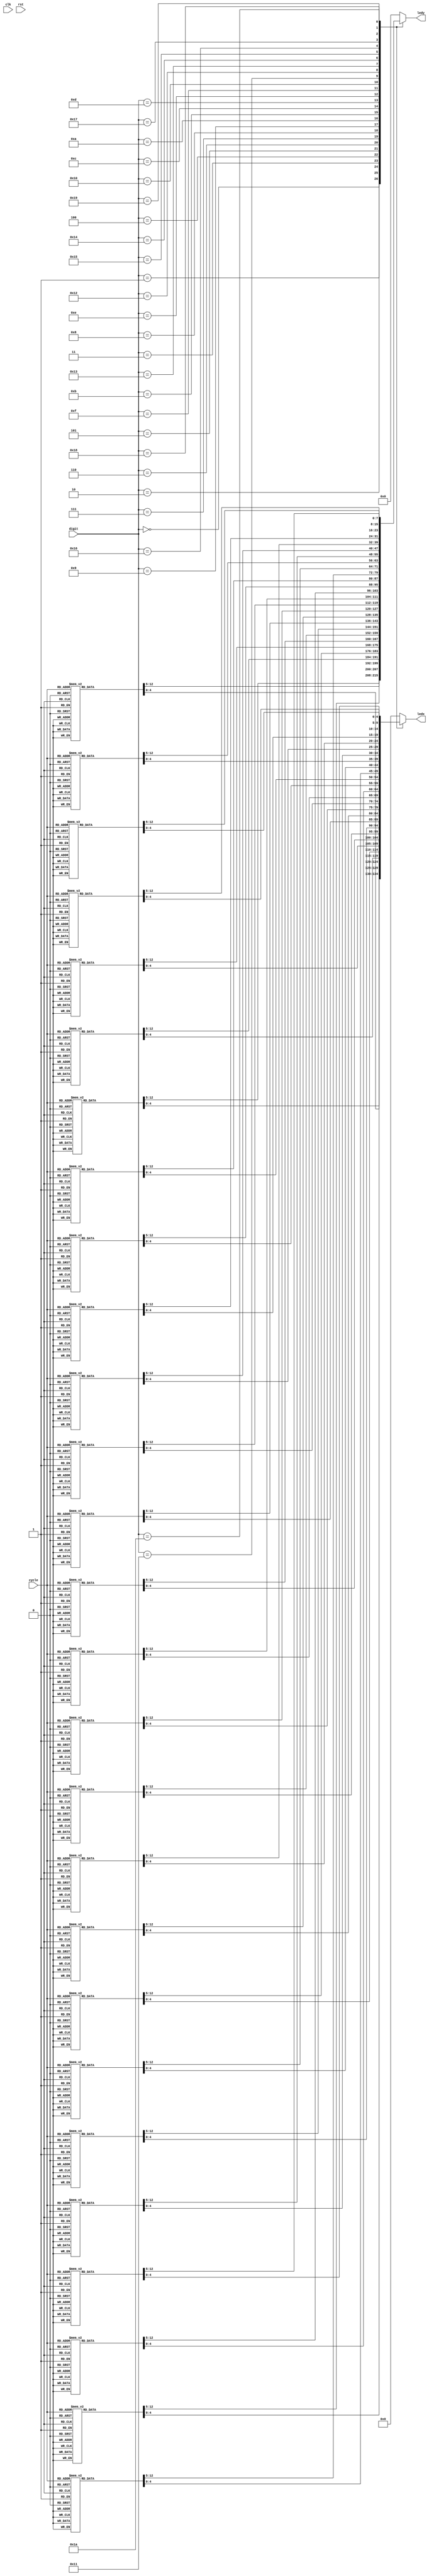
/*
   This file was generated automatically by the Mojo IDE version B1.3.6.
   Do not edit this file directly. Instead edit the original Lucid source.
   This is a temporary file and any changes made to it will be destroyed.
*/

module ledMatrix_17 (
    input clk,
    input rst,
    input [4:0] digit,
    output reg [4:0] ledx,
    output reg [7:0] ledy,
    input [2:0] cycle
  );
  
  
  
  
  always @* begin
    ledx = 5'h00;
    ledy = 8'h00;
    
    case (digit)
      5'h00: begin
        
        case (cycle)
          3'h0: begin
            ledx = 5'h00;
            ledy = 8'h80;
          end
          3'h1: begin
            ledx = 5'h06;
            ledy = 8'h40;
          end
          3'h2: begin
            ledx = 5'h09;
            ledy = 8'h20;
          end
          3'h3: begin
            ledx = 5'h09;
            ledy = 8'h10;
          end
          3'h4: begin
            ledx = 5'h09;
            ledy = 8'h08;
          end
          3'h5: begin
            ledx = 5'h09;
            ledy = 8'h04;
          end
          3'h6: begin
            ledx = 5'h06;
            ledy = 8'h02;
          end
          3'h7: begin
            ledx = 5'h00;
            ledy = 8'h01;
          end
        endcase
      end
      5'h01: begin
        
        case (cycle)
          3'h0: begin
            ledx = 5'h00;
            ledy = 8'h80;
          end
          3'h1: begin
            ledx = 5'h02;
            ledy = 8'h40;
          end
          3'h2: begin
            ledx = 5'h06;
            ledy = 8'h20;
          end
          3'h3: begin
            ledx = 5'h02;
            ledy = 8'h10;
          end
          3'h4: begin
            ledx = 5'h02;
            ledy = 8'h08;
          end
          3'h5: begin
            ledx = 5'h02;
            ledy = 8'h04;
          end
          3'h6: begin
            ledx = 5'h07;
            ledy = 8'h02;
          end
          3'h7: begin
            ledx = 5'h00;
            ledy = 8'h01;
          end
        endcase
      end
      5'h02: begin
        
        case (cycle)
          3'h0: begin
            ledx = 5'h00;
            ledy = 8'h80;
          end
          3'h1: begin
            ledx = 5'h07;
            ledy = 8'h40;
          end
          3'h2: begin
            ledx = 5'h09;
            ledy = 8'h20;
          end
          3'h3: begin
            ledx = 5'h01;
            ledy = 8'h10;
          end
          3'h4: begin
            ledx = 5'h0f;
            ledy = 8'h08;
          end
          3'h5: begin
            ledx = 5'h08;
            ledy = 8'h04;
          end
          3'h6: begin
            ledx = 5'h0f;
            ledy = 8'h02;
          end
          3'h7: begin
            ledx = 5'h00;
            ledy = 8'h01;
          end
        endcase
      end
      5'h03: begin
        
        case (cycle)
          3'h0: begin
            ledx = 5'h00;
            ledy = 8'h80;
          end
          3'h1: begin
            ledx = 5'h0f;
            ledy = 8'h40;
          end
          3'h2: begin
            ledx = 5'h01;
            ledy = 8'h20;
          end
          3'h3: begin
            ledx = 5'h0f;
            ledy = 8'h10;
          end
          3'h4: begin
            ledx = 5'h01;
            ledy = 8'h08;
          end
          3'h5: begin
            ledx = 5'h01;
            ledy = 8'h04;
          end
          3'h6: begin
            ledx = 5'h0f;
            ledy = 8'h02;
          end
          3'h7: begin
            ledx = 5'h00;
            ledy = 8'h01;
          end
        endcase
      end
      5'h04: begin
        
        case (cycle)
          3'h0: begin
            ledx = 5'h00;
            ledy = 8'h80;
          end
          3'h1: begin
            ledx = 5'h09;
            ledy = 8'h40;
          end
          3'h2: begin
            ledx = 5'h09;
            ledy = 8'h20;
          end
          3'h3: begin
            ledx = 5'h0f;
            ledy = 8'h10;
          end
          3'h4: begin
            ledx = 5'h01;
            ledy = 8'h08;
          end
          3'h5: begin
            ledx = 5'h01;
            ledy = 8'h04;
          end
          3'h6: begin
            ledx = 5'h01;
            ledy = 8'h02;
          end
          3'h7: begin
            ledx = 5'h00;
            ledy = 8'h01;
          end
        endcase
      end
      5'h05: begin
        
        case (cycle)
          3'h0: begin
            ledx = 5'h00;
            ledy = 8'h80;
          end
          3'h1: begin
            ledx = 5'h0f;
            ledy = 8'h40;
          end
          3'h2: begin
            ledx = 5'h08;
            ledy = 8'h20;
          end
          3'h3: begin
            ledx = 5'h0f;
            ledy = 8'h10;
          end
          3'h4: begin
            ledx = 5'h01;
            ledy = 8'h08;
          end
          3'h5: begin
            ledx = 5'h01;
            ledy = 8'h04;
          end
          3'h6: begin
            ledx = 5'h0f;
            ledy = 8'h02;
          end
          3'h7: begin
            ledx = 5'h00;
            ledy = 8'h01;
          end
        endcase
      end
      5'h06: begin
        
        case (cycle)
          3'h0: begin
            ledx = 5'h00;
            ledy = 8'h80;
          end
          3'h1: begin
            ledx = 5'h0f;
            ledy = 8'h40;
          end
          3'h2: begin
            ledx = 5'h08;
            ledy = 8'h20;
          end
          3'h3: begin
            ledx = 5'h0f;
            ledy = 8'h10;
          end
          3'h4: begin
            ledx = 5'h09;
            ledy = 8'h08;
          end
          3'h5: begin
            ledx = 5'h09;
            ledy = 8'h04;
          end
          3'h6: begin
            ledx = 5'h0f;
            ledy = 8'h02;
          end
          3'h7: begin
            ledx = 5'h00;
            ledy = 8'h01;
          end
        endcase
      end
      5'h07: begin
        
        case (cycle)
          3'h0: begin
            ledx = 5'h00;
            ledy = 8'h80;
          end
          3'h1: begin
            ledx = 5'h0f;
            ledy = 8'h40;
          end
          3'h2: begin
            ledx = 5'h01;
            ledy = 8'h20;
          end
          3'h3: begin
            ledx = 5'h02;
            ledy = 8'h10;
          end
          3'h4: begin
            ledx = 5'h04;
            ledy = 8'h08;
          end
          3'h5: begin
            ledx = 5'h04;
            ledy = 8'h04;
          end
          3'h6: begin
            ledx = 5'h04;
            ledy = 8'h02;
          end
          3'h7: begin
            ledx = 5'h00;
            ledy = 8'h01;
          end
        endcase
      end
      5'h08: begin
        
        case (cycle)
          3'h0: begin
            ledx = 5'h00;
            ledy = 8'h80;
          end
          3'h1: begin
            ledx = 5'h0f;
            ledy = 8'h40;
          end
          3'h2: begin
            ledx = 5'h09;
            ledy = 8'h20;
          end
          3'h3: begin
            ledx = 5'h0f;
            ledy = 8'h10;
          end
          3'h4: begin
            ledx = 5'h09;
            ledy = 8'h08;
          end
          3'h5: begin
            ledx = 5'h09;
            ledy = 8'h04;
          end
          3'h6: begin
            ledx = 5'h0f;
            ledy = 8'h02;
          end
          3'h7: begin
            ledx = 5'h00;
            ledy = 8'h01;
          end
        endcase
      end
      5'h09: begin
        
        case (cycle)
          3'h0: begin
            ledx = 5'h00;
            ledy = 8'h80;
          end
          3'h1: begin
            ledx = 5'h0f;
            ledy = 8'h40;
          end
          3'h2: begin
            ledx = 5'h09;
            ledy = 8'h20;
          end
          3'h3: begin
            ledx = 5'h0f;
            ledy = 8'h10;
          end
          3'h4: begin
            ledx = 5'h01;
            ledy = 8'h08;
          end
          3'h5: begin
            ledx = 5'h01;
            ledy = 8'h04;
          end
          3'h6: begin
            ledx = 5'h01;
            ledy = 8'h02;
          end
          3'h7: begin
            ledx = 5'h00;
            ledy = 8'h01;
          end
        endcase
      end
      5'h0a: begin
        
        case (cycle)
          3'h0: begin
            ledx = 5'h00;
            ledy = 8'h80;
          end
          3'h1: begin
            ledx = 5'h00;
            ledy = 8'h40;
          end
          3'h2: begin
            ledx = 5'h04;
            ledy = 8'h20;
          end
          3'h3: begin
            ledx = 5'h0e;
            ledy = 8'h10;
          end
          3'h4: begin
            ledx = 5'h04;
            ledy = 8'h08;
          end
          3'h5: begin
            ledx = 5'h00;
            ledy = 8'h04;
          end
          3'h6: begin
            ledx = 5'h00;
            ledy = 8'h02;
          end
          3'h7: begin
            ledx = 5'h00;
            ledy = 8'h01;
          end
        endcase
      end
      5'h0b: begin
        
        case (cycle)
          3'h0: begin
            ledx = 5'h00;
            ledy = 8'h80;
          end
          3'h1: begin
            ledx = 5'h00;
            ledy = 8'h40;
          end
          3'h2: begin
            ledx = 5'h00;
            ledy = 8'h20;
          end
          3'h3: begin
            ledx = 5'h0f;
            ledy = 8'h10;
          end
          3'h4: begin
            ledx = 5'h00;
            ledy = 8'h08;
          end
          3'h5: begin
            ledx = 5'h00;
            ledy = 8'h04;
          end
          3'h6: begin
            ledx = 5'h00;
            ledy = 8'h02;
          end
          3'h7: begin
            ledx = 5'h00;
            ledy = 8'h01;
          end
        endcase
      end
      5'h0c: begin
        
        case (cycle)
          3'h0: begin
            ledx = 5'h00;
            ledy = 8'h80;
          end
          3'h1: begin
            ledx = 5'h00;
            ledy = 8'h40;
          end
          3'h2: begin
            ledx = 5'h0a;
            ledy = 8'h20;
          end
          3'h3: begin
            ledx = 5'h04;
            ledy = 8'h10;
          end
          3'h4: begin
            ledx = 5'h0a;
            ledy = 8'h08;
          end
          3'h5: begin
            ledx = 5'h00;
            ledy = 8'h04;
          end
          3'h6: begin
            ledx = 5'h00;
            ledy = 8'h02;
          end
          3'h7: begin
            ledx = 5'h00;
            ledy = 8'h01;
          end
        endcase
      end
      5'h0d: begin
        
        case (cycle)
          3'h0: begin
            ledx = 5'h00;
            ledy = 8'h80;
          end
          3'h1: begin
            ledx = 5'h04;
            ledy = 8'h40;
          end
          3'h2: begin
            ledx = 5'h00;
            ledy = 8'h20;
          end
          3'h3: begin
            ledx = 5'h0e;
            ledy = 8'h10;
          end
          3'h4: begin
            ledx = 5'h00;
            ledy = 8'h08;
          end
          3'h5: begin
            ledx = 5'h04;
            ledy = 8'h04;
          end
          3'h6: begin
            ledx = 5'h00;
            ledy = 8'h02;
          end
          3'h7: begin
            ledx = 5'h00;
            ledy = 8'h01;
          end
        endcase
      end
      5'h0e: begin
        
        case (cycle)
          3'h0: begin
            ledx = 5'h00;
            ledy = 8'h80;
          end
          3'h1: begin
            ledx = 5'h00;
            ledy = 8'h40;
          end
          3'h2: begin
            ledx = 5'h0e;
            ledy = 8'h20;
          end
          3'h3: begin
            ledx = 5'h00;
            ledy = 8'h10;
          end
          3'h4: begin
            ledx = 5'h0e;
            ledy = 8'h08;
          end
          3'h5: begin
            ledx = 5'h00;
            ledy = 8'h04;
          end
          3'h6: begin
            ledx = 5'h00;
            ledy = 8'h02;
          end
          3'h7: begin
            ledx = 5'h00;
            ledy = 8'h01;
          end
        endcase
      end
      5'h0f: begin
        
        case (cycle)
          3'h0: begin
            ledx = 5'h00;
            ledy = 8'h80;
          end
          3'h1: begin
            ledx = 5'h03;
            ledy = 8'h40;
          end
          3'h2: begin
            ledx = 5'h02;
            ledy = 8'h20;
          end
          3'h3: begin
            ledx = 5'h02;
            ledy = 8'h10;
          end
          3'h4: begin
            ledx = 5'h02;
            ledy = 8'h08;
          end
          3'h5: begin
            ledx = 5'h02;
            ledy = 8'h04;
          end
          3'h6: begin
            ledx = 5'h03;
            ledy = 8'h02;
          end
          3'h7: begin
            ledx = 5'h00;
            ledy = 8'h01;
          end
        endcase
      end
      5'h10: begin
        
        case (cycle)
          3'h0: begin
            ledx = 5'h00;
            ledy = 8'h80;
          end
          3'h1: begin
            ledx = 5'h11;
            ledy = 8'h40;
          end
          3'h2: begin
            ledx = 5'h09;
            ledy = 8'h20;
          end
          3'h3: begin
            ledx = 5'h09;
            ledy = 8'h10;
          end
          3'h4: begin
            ledx = 5'h09;
            ledy = 8'h08;
          end
          3'h5: begin
            ledx = 5'h09;
            ledy = 8'h04;
          end
          3'h6: begin
            ledx = 5'h11;
            ledy = 8'h02;
          end
          3'h7: begin
            ledx = 5'h00;
            ledy = 8'h01;
          end
        endcase
      end
      5'h11: begin
        
        case (cycle)
          3'h0: begin
            ledx = 5'h00;
            ledy = 8'h80;
          end
          3'h1: begin
            ledx = 5'h03;
            ledy = 8'h40;
          end
          3'h2: begin
            ledx = 5'h02;
            ledy = 8'h20;
          end
          3'h3: begin
            ledx = 5'h03;
            ledy = 8'h10;
          end
          3'h4: begin
            ledx = 5'h02;
            ledy = 8'h08;
          end
          3'h5: begin
            ledx = 5'h02;
            ledy = 8'h04;
          end
          3'h6: begin
            ledx = 5'h02;
            ledy = 8'h02;
          end
          3'h7: begin
            ledx = 5'h00;
            ledy = 8'h01;
          end
        endcase
      end
      5'h12: begin
        
        case (cycle)
          3'h0: begin
            ledx = 5'h00;
            ledy = 8'h80;
          end
          3'h1: begin
            ledx = 5'h19;
            ledy = 8'h40;
          end
          3'h2: begin
            ledx = 5'h01;
            ledy = 8'h20;
          end
          3'h3: begin
            ledx = 5'h19;
            ledy = 8'h10;
          end
          3'h4: begin
            ledx = 5'h01;
            ledy = 8'h08;
          end
          3'h5: begin
            ledx = 5'h01;
            ledy = 8'h04;
          end
          3'h6: begin
            ledx = 5'h01;
            ledy = 8'h02;
          end
          3'h7: begin
            ledx = 5'h00;
            ledy = 8'h01;
          end
        endcase
      end
      5'h13: begin
        
        case (cycle)
          3'h0: begin
            ledx = 5'h00;
            ledy = 8'h80;
          end
          3'h1: begin
            ledx = 5'h1c;
            ledy = 8'h40;
          end
          3'h2: begin
            ledx = 5'h00;
            ledy = 8'h20;
          end
          3'h3: begin
            ledx = 5'h1c;
            ledy = 8'h10;
          end
          3'h4: begin
            ledx = 5'h00;
            ledy = 8'h08;
          end
          3'h5: begin
            ledx = 5'h00;
            ledy = 8'h04;
          end
          3'h6: begin
            ledx = 5'h00;
            ledy = 8'h02;
          end
          3'h7: begin
            ledx = 5'h00;
            ledy = 8'h01;
          end
        endcase
      end
      5'h14: begin
        
        case (cycle)
          3'h0: begin
            ledx = 5'h00;
            ledy = 8'h80;
          end
          3'h1: begin
            ledx = 5'h1e;
            ledy = 8'h40;
          end
          3'h2: begin
            ledx = 5'h12;
            ledy = 8'h20;
          end
          3'h3: begin
            ledx = 5'h06;
            ledy = 8'h10;
          end
          3'h4: begin
            ledx = 5'h04;
            ledy = 8'h08;
          end
          3'h5: begin
            ledx = 5'h00;
            ledy = 8'h04;
          end
          3'h6: begin
            ledx = 5'h04;
            ledy = 8'h02;
          end
          3'h7: begin
            ledx = 5'h00;
            ledy = 8'h01;
          end
        endcase
      end
      5'h15: begin
        
        case (cycle)
          3'h0: begin
            ledx = 5'h00;
            ledy = 8'h80;
          end
          3'h1: begin
            ledx = 5'h07;
            ledy = 8'h40;
          end
          3'h2: begin
            ledx = 5'h05;
            ledy = 8'h20;
          end
          3'h3: begin
            ledx = 5'h07;
            ledy = 8'h10;
          end
          3'h4: begin
            ledx = 5'h04;
            ledy = 8'h08;
          end
          3'h5: begin
            ledx = 5'h04;
            ledy = 8'h04;
          end
          3'h6: begin
            ledx = 5'h04;
            ledy = 8'h02;
          end
          3'h7: begin
            ledx = 5'h00;
            ledy = 8'h01;
          end
        endcase
      end
      5'h16: begin
        
        case (cycle)
          3'h0: begin
            ledx = 5'h00;
            ledy = 8'h80;
          end
          3'h1: begin
            ledx = 5'h08;
            ledy = 8'h40;
          end
          3'h2: begin
            ledx = 5'h08;
            ledy = 8'h20;
          end
          3'h3: begin
            ledx = 5'h0a;
            ledy = 8'h10;
          end
          3'h4: begin
            ledx = 5'h0a;
            ledy = 8'h08;
          end
          3'h5: begin
            ledx = 5'h0a;
            ledy = 8'h04;
          end
          3'h6: begin
            ledx = 5'h07;
            ledy = 8'h02;
          end
          3'h7: begin
            ledx = 5'h00;
            ledy = 8'h01;
          end
        endcase
      end
      5'h17: begin
        
        case (cycle)
          3'h0: begin
            ledx = 5'h00;
            ledy = 8'h80;
          end
          3'h1: begin
            ledx = 5'h15;
            ledy = 8'h40;
          end
          3'h2: begin
            ledx = 5'h15;
            ledy = 8'h20;
          end
          3'h3: begin
            ledx = 5'h15;
            ledy = 8'h10;
          end
          3'h4: begin
            ledx = 5'h15;
            ledy = 8'h08;
          end
          3'h5: begin
            ledx = 5'h15;
            ledy = 8'h04;
          end
          3'h6: begin
            ledx = 5'h05;
            ledy = 8'h02;
          end
          3'h7: begin
            ledx = 5'h00;
            ledy = 8'h01;
          end
        endcase
      end
      5'h18: begin
        
        case (cycle)
          3'h0: begin
            ledx = 5'h00;
            ledy = 8'h80;
          end
          3'h1: begin
            ledx = 5'h02;
            ledy = 8'h40;
          end
          3'h2: begin
            ledx = 5'h12;
            ledy = 8'h20;
          end
          3'h3: begin
            ledx = 5'h0a;
            ledy = 8'h10;
          end
          3'h4: begin
            ledx = 5'h0a;
            ledy = 8'h08;
          end
          3'h5: begin
            ledx = 5'h0a;
            ledy = 8'h04;
          end
          3'h6: begin
            ledx = 5'h06;
            ledy = 8'h02;
          end
          3'h7: begin
            ledx = 5'h00;
            ledy = 8'h01;
          end
        endcase
      end
      5'h19: begin
        
        case (cycle)
          3'h0: begin
            ledx = 5'h00;
            ledy = 8'h80;
          end
          3'h1: begin
            ledx = 5'h1d;
            ledy = 8'h40;
          end
          3'h2: begin
            ledx = 5'h11;
            ledy = 8'h20;
          end
          3'h3: begin
            ledx = 5'h1d;
            ledy = 8'h10;
          end
          3'h4: begin
            ledx = 5'h05;
            ledy = 8'h08;
          end
          3'h5: begin
            ledx = 5'h04;
            ledy = 8'h04;
          end
          3'h6: begin
            ledx = 5'h1d;
            ledy = 8'h02;
          end
          3'h7: begin
            ledx = 5'h00;
            ledy = 8'h01;
          end
        endcase
      end
      5'h1a: begin
        
        case (cycle)
          3'h0: begin
            ledx = 5'h00;
            ledy = 8'h80;
          end
          3'h1: begin
            ledx = 5'h00;
            ledy = 8'h40;
          end
          3'h2: begin
            ledx = 5'h00;
            ledy = 8'h20;
          end
          3'h3: begin
            ledx = 5'h00;
            ledy = 8'h10;
          end
          3'h4: begin
            ledx = 5'h00;
            ledy = 8'h08;
          end
          3'h5: begin
            ledx = 5'h00;
            ledy = 8'h04;
          end
          3'h6: begin
            ledx = 5'h00;
            ledy = 8'h02;
          end
          3'h7: begin
            ledx = 5'h00;
            ledy = 8'h01;
          end
        endcase
      end
    endcase
  end
endmodule